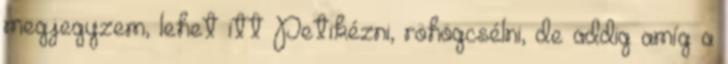
megjegyzem, lehet itt Petikézni, röhögcsélni, de addig amíg a